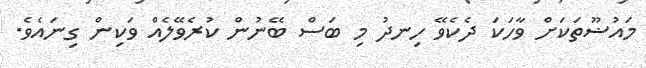
މައުޟޫތަކަށް ވާހަކަ ދެކެވޭ ހިނދު މި ބަސް ބޭނުން ކުރެވޭލެއް ވަކިން ގިނައެވެ.